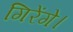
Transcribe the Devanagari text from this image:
गिरेंगे।